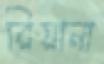
রিয়ানা